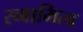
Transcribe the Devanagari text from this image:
स्व्बामित्व